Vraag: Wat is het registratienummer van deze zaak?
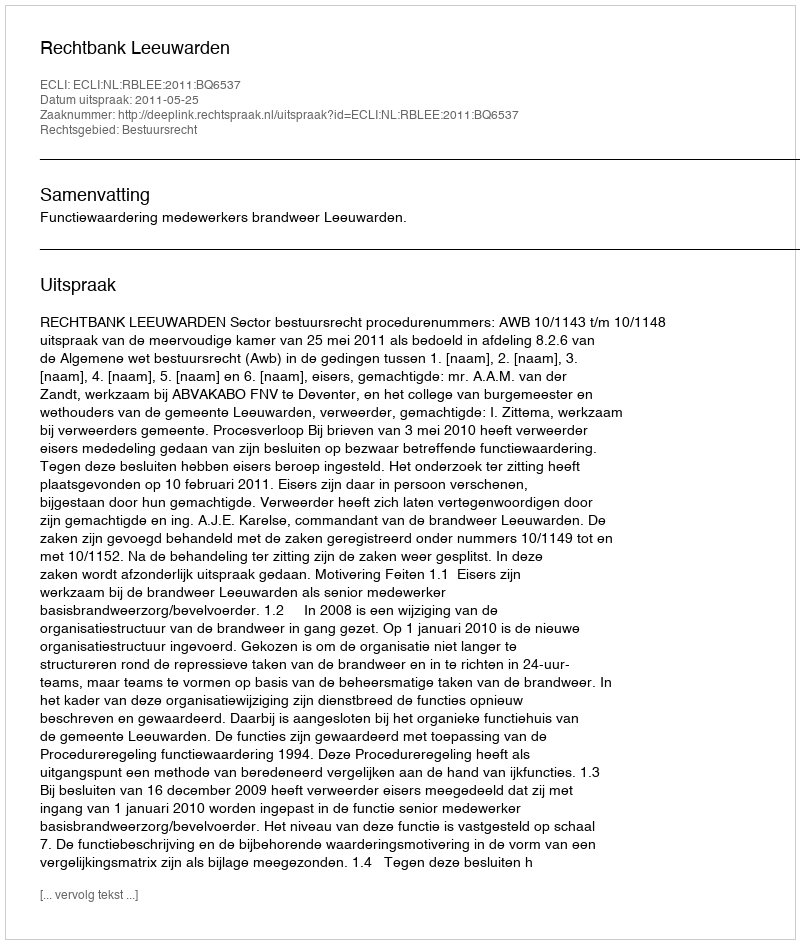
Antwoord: http://deeplink.rechtspraak.nl/uitspraak?id=ECLI:NL:RBLEE:2011:BQ6537